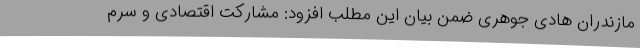
مازندران هادی جوهری ضمن بیان این مطلب افزود: مشارکت اقتصادی و سرم